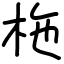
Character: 柂